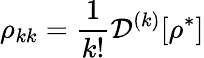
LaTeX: \rho_{kk}=\frac{1}{k!}\mathcal{D}^{(k)}[\rho^{*}]